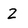
Character: Z